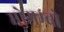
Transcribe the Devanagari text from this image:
मोगम्बो